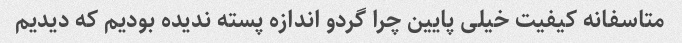
متاسفانه کیفیت خیلی پایین چرا گردو اندازه پسته ندیده بودیم که دیدیم